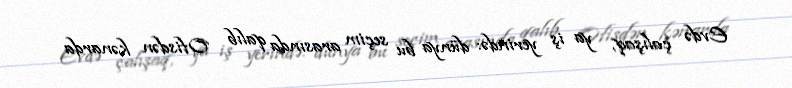
Evdə çalışaq, ya iş yerində: dünya bu seçim arasında qalıb Ofisdən kənarda